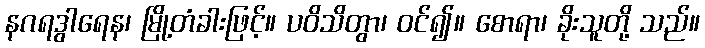
နဂရဒွါရေန၊ မြို့တံခါးဖြင့်။ ပဝိသိတွာ၊ ဝင်၍။ စောရာ၊ ခိုးသူတို့ သည်။